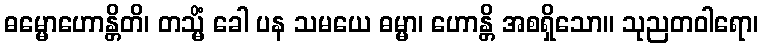
ဓမ္မောဟောန္တိတိ၊ တသ္မိံ ခေါ ပန သမယေ ဓမ္မာ၊ ဟောန္တိ အစရှိသော။ သုညတဝါရော၊